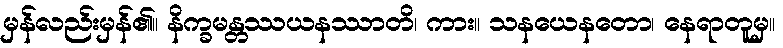
မှန်လည်းမှန်၏။ နိက္ခမန္တဿယနဿာတိ၊ ကား။ သနယေနတော၊ နေရာတူမှ။